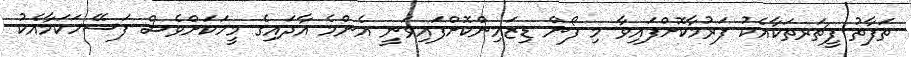
ތަފާތު ފީޗަރތަކާއެކު ފަރުމާކޮށްފައިވާ މި ފޯން ޑިޒައިންކޮށްފައިވަނީ އެންމެ އާދައިގެ މީހަކަށްވެސް ފަސޭހަކަމާއެކު